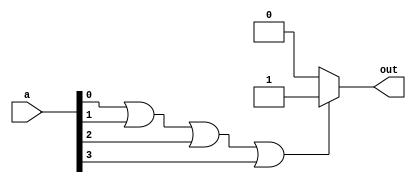
module or_gate_4(input [3:0] a, output reg out);
  
  always @* begin
    if (a[0] | a[1] | a[2] | a[3])
      out = 1'b1;
    else
      out = 1'b0;
  end
  
endmodule